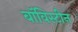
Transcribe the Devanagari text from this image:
बॉविस्टीन